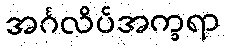
အင်္ဂလိပ်အက္ခရာ